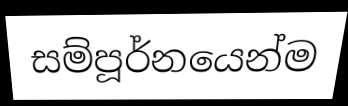
සම්පූර්නයෙන්ම